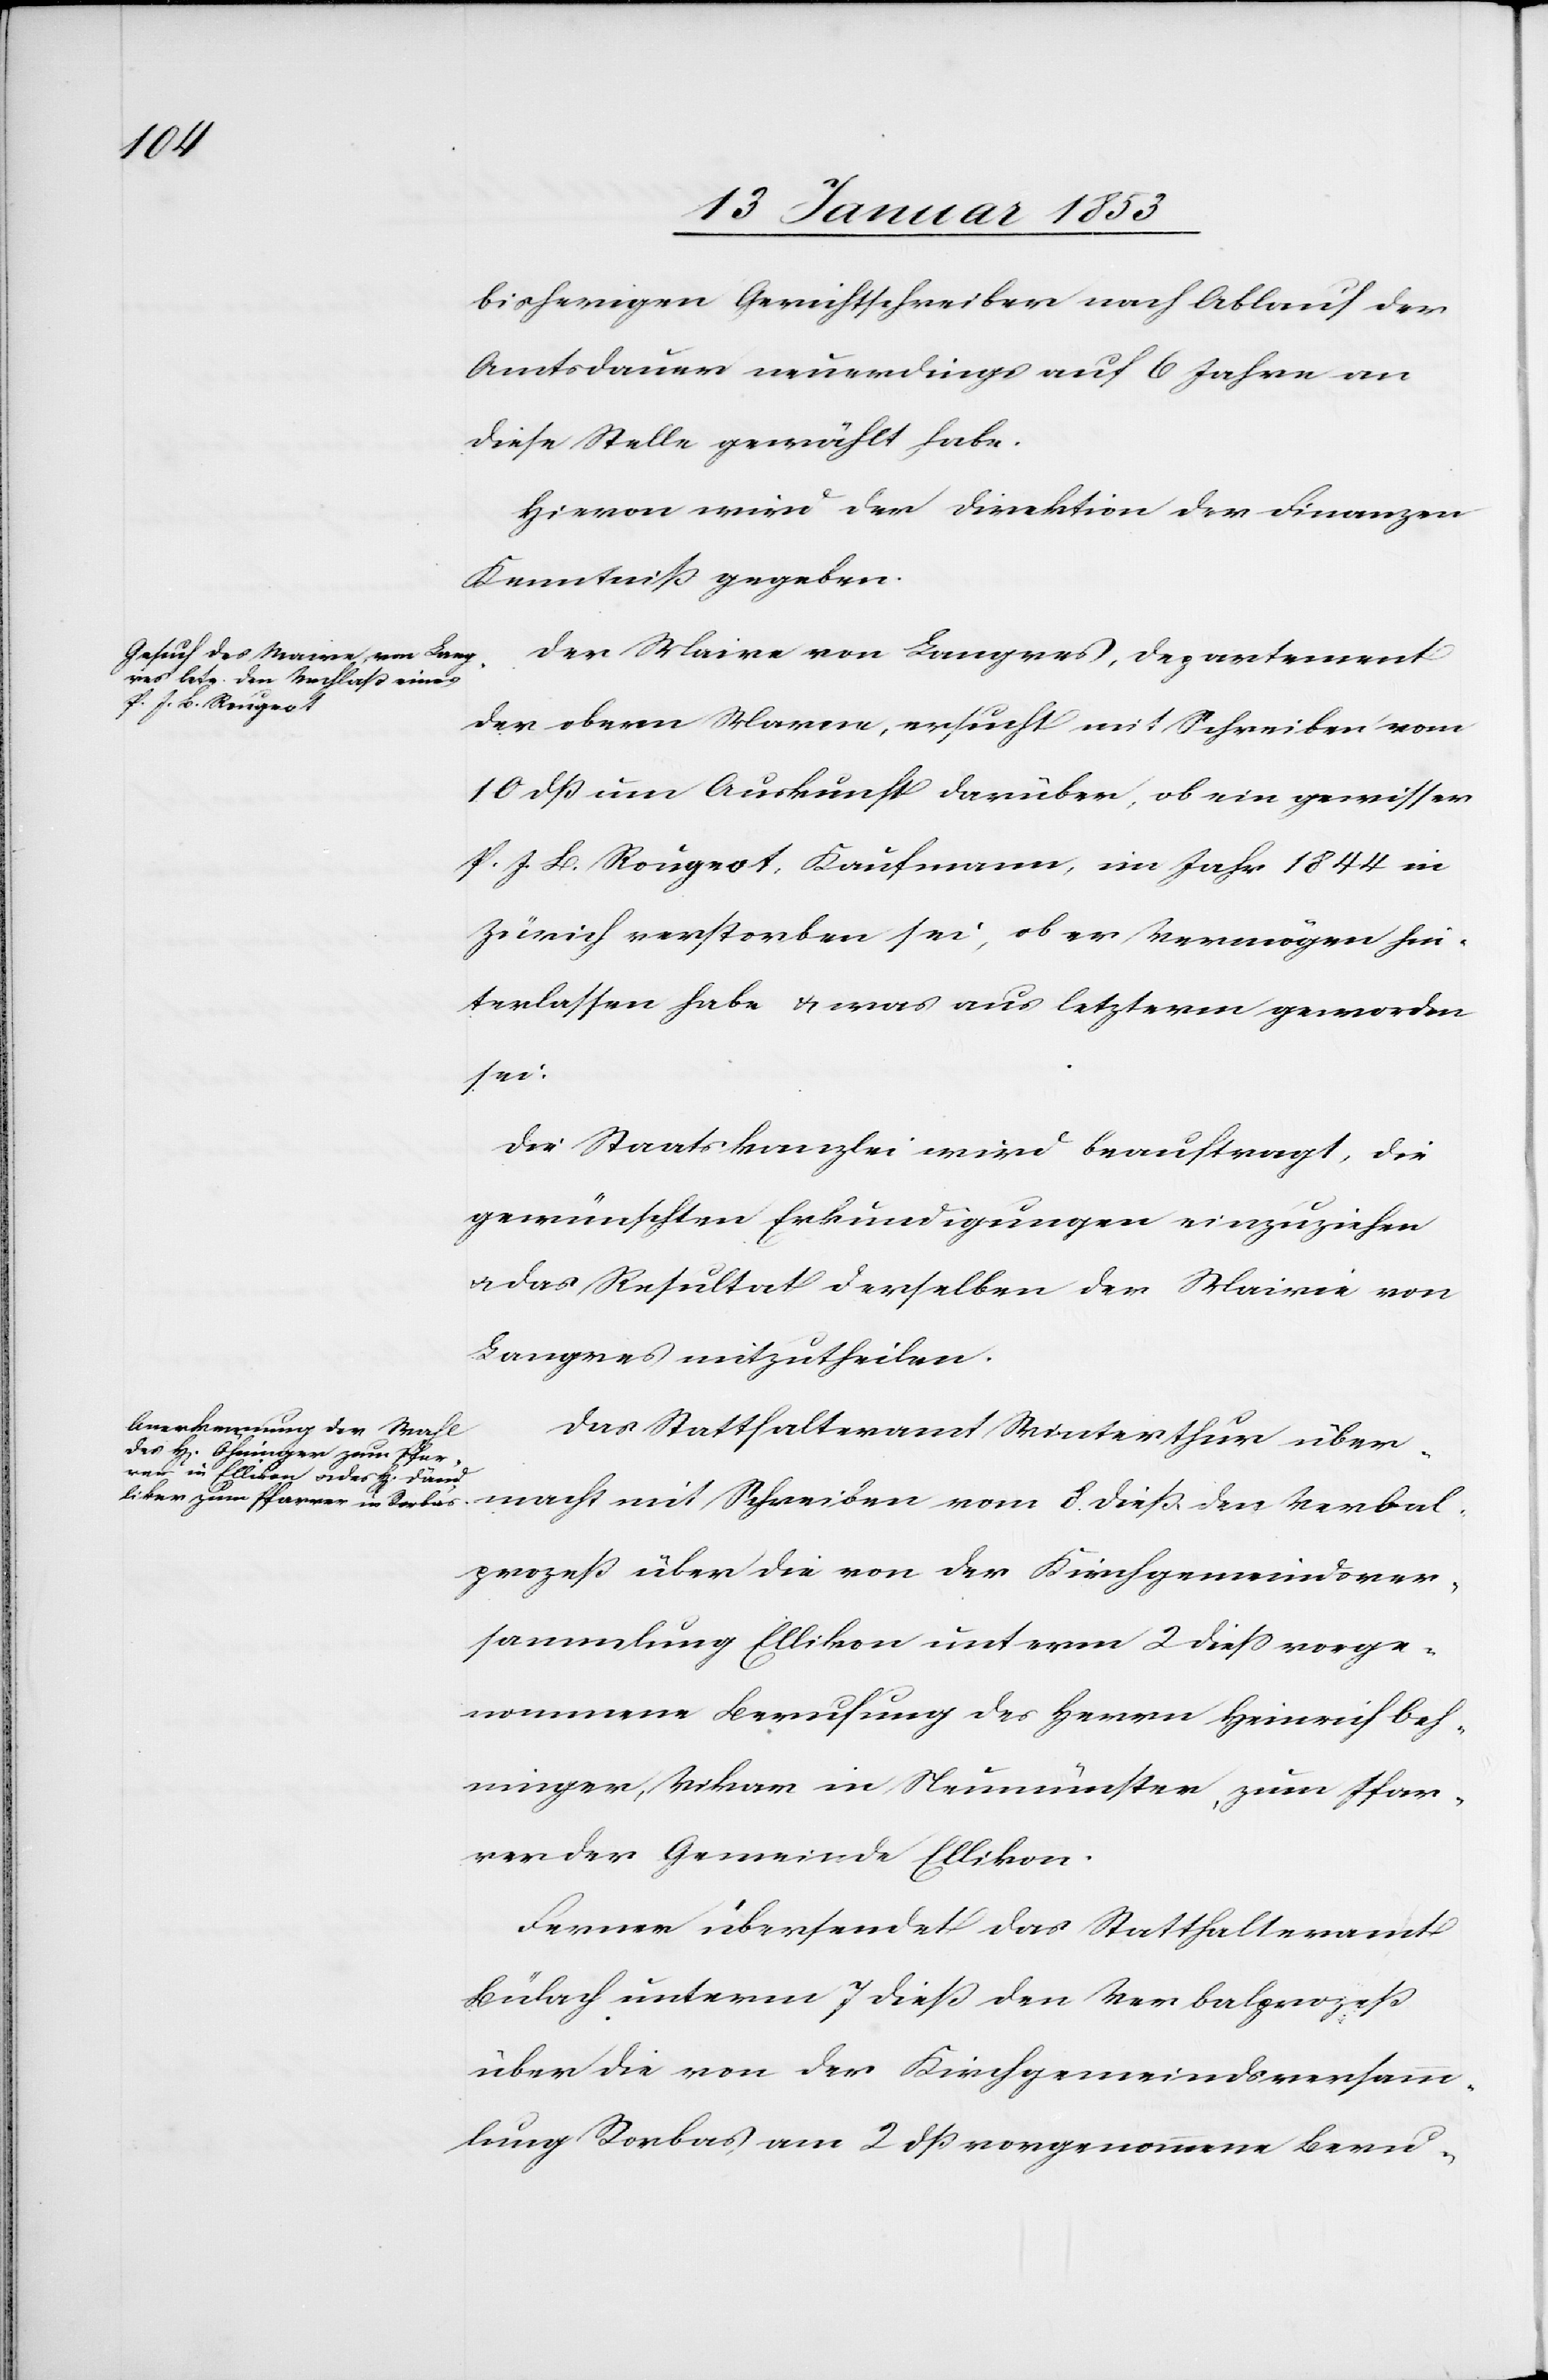
bisherigen Gerichtsschreiber nach Ablauf der
Amtsdauer neuerdings auf 6 Jahre an
diese Stelle gewählt habe.
Hievon wird der Direktion der Finanzen
Kenntniß gegeben.
Der Maire von Langres, Departement
der obern Marne, ersucht mit Schreiben vom
10 dß um Auskunft darüber, ob eine gewisser
P. J. B. Rougest, Kaufmann, im Jahr 1844 in
Zürich verstorben sei, ob er Vermögen hin¬
terlassen habe u. was aus letzterm geworden
sei.
Die Staatskanzlei wird beauftragt, die
gewünschten Erkundigungen einzuziehen
u. das Resultat derselben der Mairie von
Langres mitzutheilen.
Das Statthalteramt Winterthur über¬
macht mit Schreiben vom 8 dieß den Verbal¬
prozeß über die von der Kirchgemeindever¬
sammlung Ellikon unterm 2 dieß vorge¬
nommene Berufung des Herrn Heinrich Oeh¬
ringer [sic!], Vikar in Neumünster zum Pfar¬
rer der Gemeinde Ellikon.
Ferner übersendet das Statthalteramt
Bülach unterm 7 dieß den Verbalprozeß
über die von der Kirchgemeindsversamm¬
lung Rorbas am 2 dß vorgenommenen Beru-